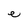
Character: e